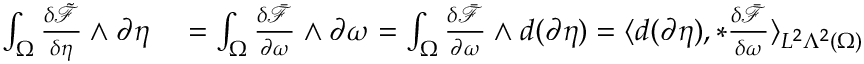
\begin{array} { r l } { \int _ { \Omega } \frac { \delta \tilde { \mathcal { F } } } { \delta \eta } \wedge \partial \eta } & { { } = \int _ { \Omega } \frac { \delta \bar { \mathcal { F } } } { \partial \omega } \wedge \partial \omega = \int _ { \Omega } \frac { \delta \bar { \mathcal { F } } } { \partial \omega } \wedge d ( \partial \eta ) = \langle d ( \partial \eta ) , \ast \frac { \delta \bar { \mathcal { F } } } { \delta \omega } \rangle _ { L ^ { 2 } \Lambda ^ { 2 } ( \Omega ) } } \end{array}